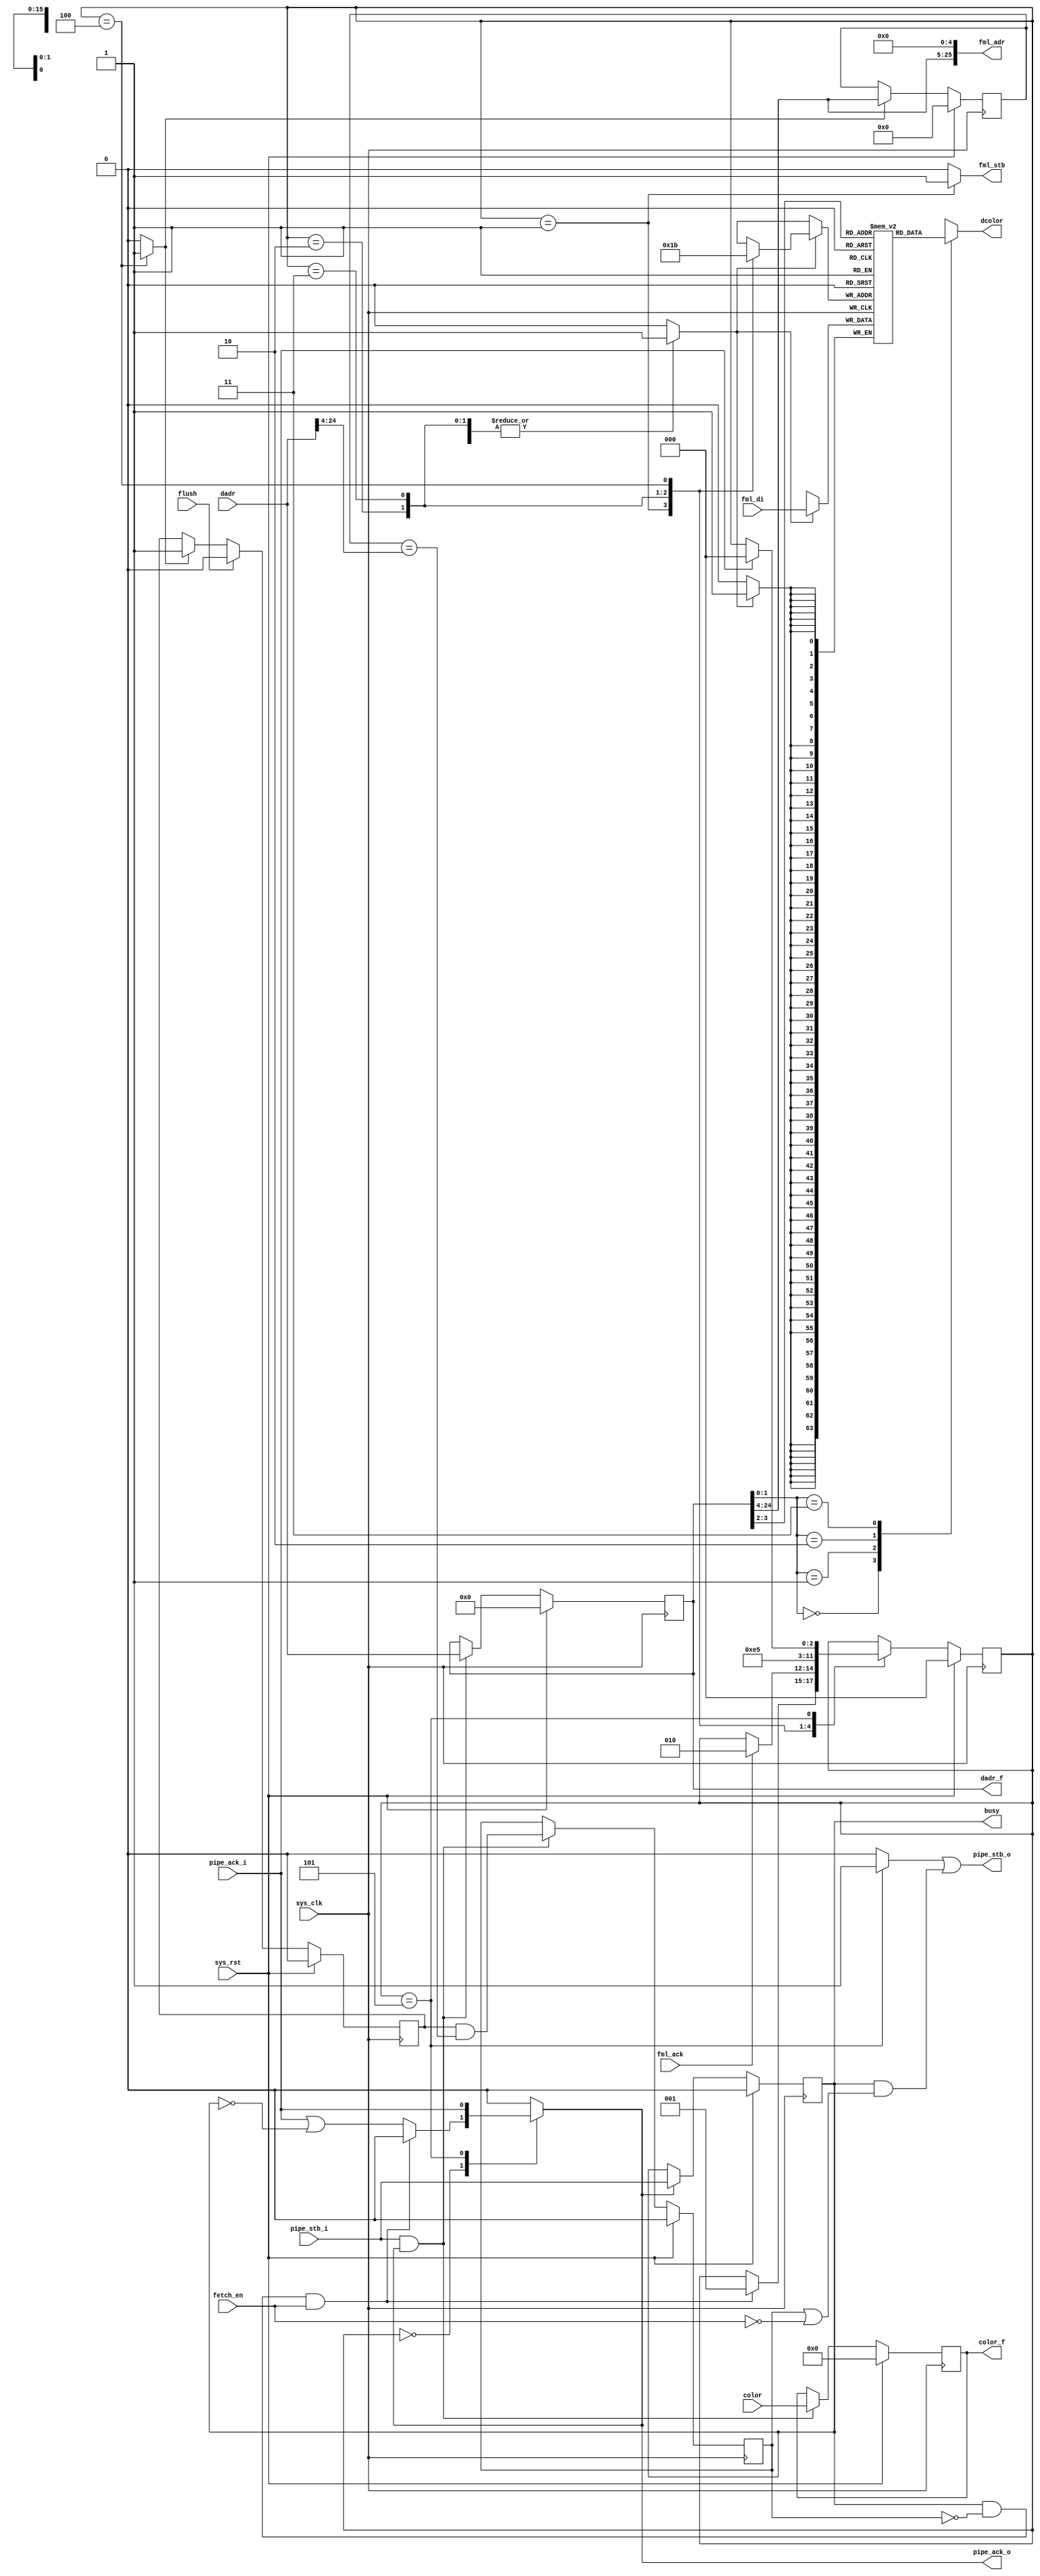
/*
 * Milkymist SoC
 * Copyright (C) 2007, 2008, 2009, 2010, 2011 Sebastien Bourdeauducq
 *
 * This program is free software: you can redistribute it and/or modify
 * it under the terms of the GNU General Public License as published by
 * the Free Software Foundation, version 3 of the License.
 *
 * This program is distributed in the hope that it will be useful,
 * but WITHOUT ANY WARRANTY; without even the implied warranty of
 * MERCHANTABILITY or FITNESS FOR A PARTICULAR PURPOSE.  See the
 * GNU General Public License for more details.
 *
 * You should have received a copy of the GNU General Public License
 * along with this program.  If not, see <http://www.gnu.org/licenses/>.
 */

module tmu2_fdest #(
	parameter fml_depth = 26
) (
	input sys_clk,
	input sys_rst,

	output [fml_depth-1:0] fml_adr,
	output reg fml_stb,
	input fml_ack,
	input [63:0] fml_di,

	input flush,
	output busy,

	input fetch_en,

	input pipe_stb_i,
	output reg pipe_ack_o,
	input [15:0] color,
	input [fml_depth-1-1:0] dadr, /* in 16-bit words */

	output pipe_stb_o,
	input pipe_ack_i,
	output reg [15:0] color_f,
	output [fml_depth-1-1:0] dadr_f, /* in 16-bit words */
	output reg [15:0] dcolor
);

/* Hit detection */
reg valid;
reg [fml_depth-1-1-4:0] tag;

reg [fml_depth-1-1:0] dadr_r;

reg hit;

reg tag_we;

always @(posedge sys_clk) begin
	if(sys_rst) begin
		valid <= 1'b0;
		hit <= 1'b0;
		dadr_r <= {fml_depth-1{1'b0}};
	end else begin
		if(tag_we)
			valid <= 1'b1;
		if(flush)
			valid <= 1'b0;
		if(pipe_stb_i & pipe_ack_o) begin
			hit <= valid & (tag == dadr[fml_depth-1-1:4]);
			dadr_r <= dadr;
		end
	end
end

always @(posedge sys_clk) begin
	if(sys_rst)
		tag <= {fml_depth-1-4{1'b0}};
	else if(tag_we)
		tag <= dadr_r[fml_depth-1-1:4];
end

/* Forward */
always @(posedge sys_clk) begin
	if(sys_rst)
		color_f <= 16'd0;
	else if(pipe_stb_i & pipe_ack_o)
		color_f <= color;
end

assign dadr_f = dadr_r;

/* Storage */
reg [63:0] storage[0:3];

// synthesis translate_off
initial begin
	storage[0] = 64'd0;
	storage[1] = 64'd0;
	storage[2] = 64'd0;
	storage[3] = 64'd0;
end
// synthesis translate_on

wire [63:0] storage_do = storage[dadr_r[3:2]];
always @(*) begin
	case(dadr_r[1:0])
		2'd0: dcolor = storage_do[63:48];
		2'd1: dcolor = storage_do[47:32];
		2'd2: dcolor = storage_do[31:16];
		2'd3: dcolor = storage_do[15:0];
	endcase
end

reg [1:0] storage_wa;
reg storage_we;
always @(posedge sys_clk) begin
	if(storage_we)
		storage[storage_wa] = fml_di;
end

/* Control & bus master */

assign fml_adr = {dadr_r[fml_depth-1-1:4], 5'd0};

reg wanted;
always @(posedge sys_clk) begin
	if(sys_rst)
		wanted <= 1'b0;
	else if(pipe_ack_o)
		wanted <= pipe_stb_i;
end

reg stb_after_fetch;

reg [2:0] state;
reg [2:0] next_state;

parameter IDLE =	3'd0;
parameter FETCH1 =	3'd1;
parameter FETCH2 =	3'd2;
parameter FETCH3 =	3'd3;
parameter FETCH4 =	3'd4;
parameter OUT =		3'd5;

always @(posedge sys_clk) begin
	if(sys_rst)
		state <= IDLE;
	else
		state <= next_state;
end

always @(*) begin
	next_state = state;

	tag_we = 1'b0;
	
	storage_we = 1'b0;
	storage_wa = 2'bx;

	fml_stb = 1'b0;

	pipe_ack_o = 1'b0;
	stb_after_fetch = 1'b0;

	case(state)
		IDLE: begin
			pipe_ack_o = pipe_ack_i | ~wanted;
			if(wanted & ~hit & fetch_en) begin
				pipe_ack_o = 1'b0;
				next_state = FETCH1;
			end
		end
		FETCH1: begin
			fml_stb = 1'b1;
			storage_we = 1'b1;
			storage_wa = 2'd0;
			if(fml_ack)
				next_state = FETCH2;
		end
		FETCH2: begin
			storage_we = 1'b1;
			storage_wa = 2'd1;
			next_state = FETCH3;
		end
		FETCH3: begin
			storage_we = 1'b1;
			storage_wa = 2'd2;
			next_state = FETCH4;
		end
		FETCH4: begin
			storage_we = 1'b1;
			storage_wa = 2'd3;
			tag_we = 1'b1;
			next_state = OUT;
		end
		OUT: begin
			stb_after_fetch = 1'b1;
			pipe_ack_o = pipe_ack_i;
			if(pipe_ack_i)
				next_state = IDLE;
		end
	endcase
end

assign pipe_stb_o = stb_after_fetch | (wanted & (hit | ~fetch_en));
assign busy = wanted;

endmodule